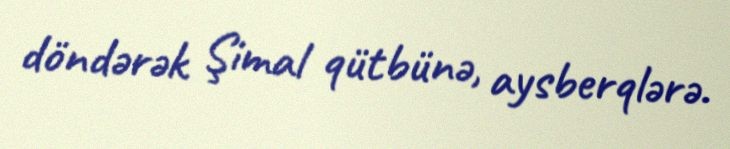
döndərək Şimal qütbünə, aysberqlərə.